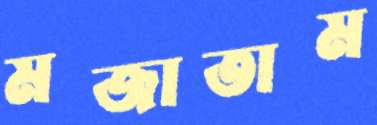
মজাতাম